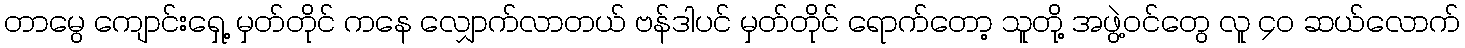
တာမွေ ကျောင်းရှေ့ မှတ်တိုင် ကနေ လျှောက်လာတယ် ဗန်ဒါပင် မှတ်တိုင် ရောက်တော့ သူတို့ အဖွဲ့ဝင်တွေ လူ ၄၀ ဆယ်လောက်